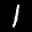
Label: 1